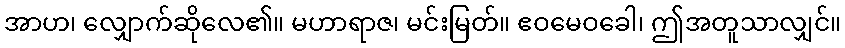
အာဟ၊ လျှောက်ဆိုလေ၏။ မဟာရာဇ၊ မင်းမြတ်။ ဧဝမေဝခေါ၊ ဤအတူသာလျှင်။